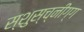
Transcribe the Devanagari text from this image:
स्शुस्च्नीग्ग